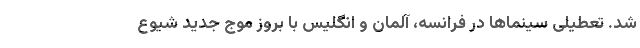
شد. تعطیلی سینماها در فرانسه، آلمان و انگلیس با بروز موج جدید شیوع